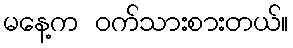
မနေ့က ဝက်သားစားတယ်။